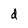
Character: d